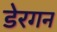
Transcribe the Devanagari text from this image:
डेरगन